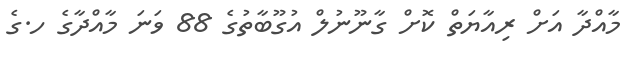
މާއްދާ އަށް ރިއާޔަތް ކޮށް ގާނޫނުލް އުގޫބާތުގެ 88 ވަނަ މާއްދާގެ ހ.ގެ